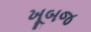
ખૂબજ